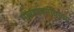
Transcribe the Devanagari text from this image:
मध्यमवर्गीयांच्या